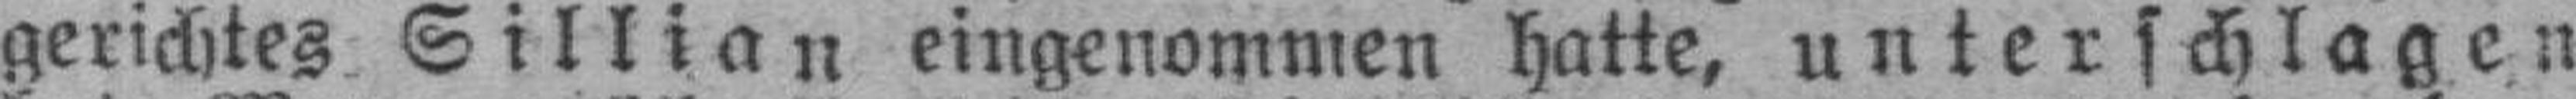
gerichtes Sillian eingenommen hatte, unterschlagen